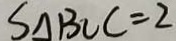
S _ { \Delta B O C } = 2